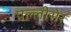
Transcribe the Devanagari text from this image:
पल्लीसेर